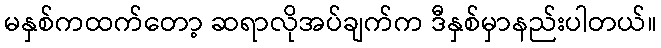
မနှစ်ကထက်တော့ ဆရာလိုအပ်ချက်က ဒီနှစ်မှာနည်းပါတယ်။